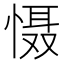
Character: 慑